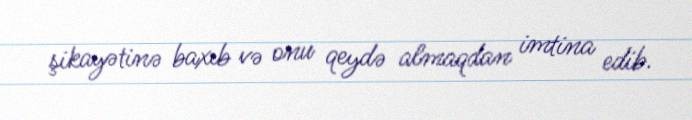
şikayətinə baxıb və onu qeydə almaqdan imtina edib.